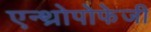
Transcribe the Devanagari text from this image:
एन्थ्रोपोफेजी